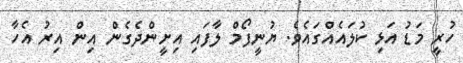
ހުރީ މަޑު އަޅި ކުލައެއްގައެވެ. ޔުނީފޯމް ލާފައި އިށީންދެގެން އިން އިރު އެހާ